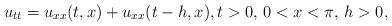
LaTeX: \begin{align*}{u_{tt}} = {u_{xx}}(t,x)+{u_{xx}}(t - h,x), t>0, \, 0 < x < \pi, \, h>0,\end{align*}